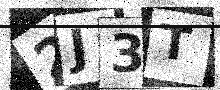
Text: 2J3T